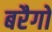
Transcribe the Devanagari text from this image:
बरैगो